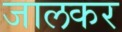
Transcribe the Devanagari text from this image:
जालकर